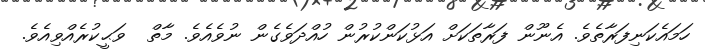
ހަމައެކަނިފަރާތެވެ. އެނޫން ފަރާތަކަށް އަޅުކަންކުރުން ހުއްދަވެގެން ނުވެއެވެ. މާތް  ވަޙީކުރެއްވިއެވެ.